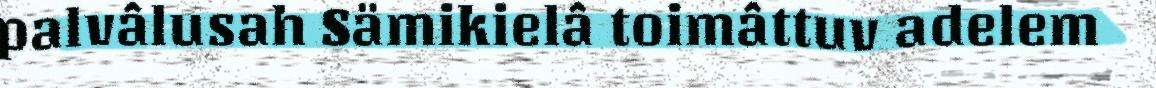
palvâlusah Sämikielâ toimâttuv adelem